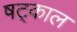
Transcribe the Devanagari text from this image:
षट्काल